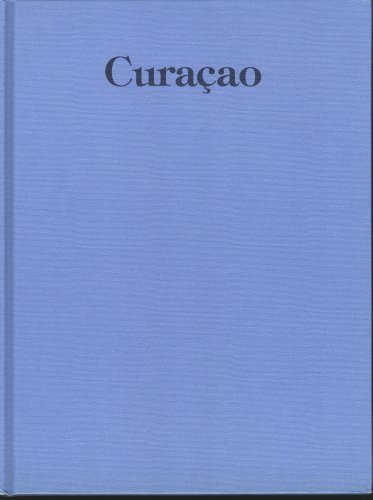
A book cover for Curacao (Photo Book with text in Nederlands, English and Espanol); Hans J. Vaders; Travel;